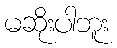
မဆိုးပါဘူး